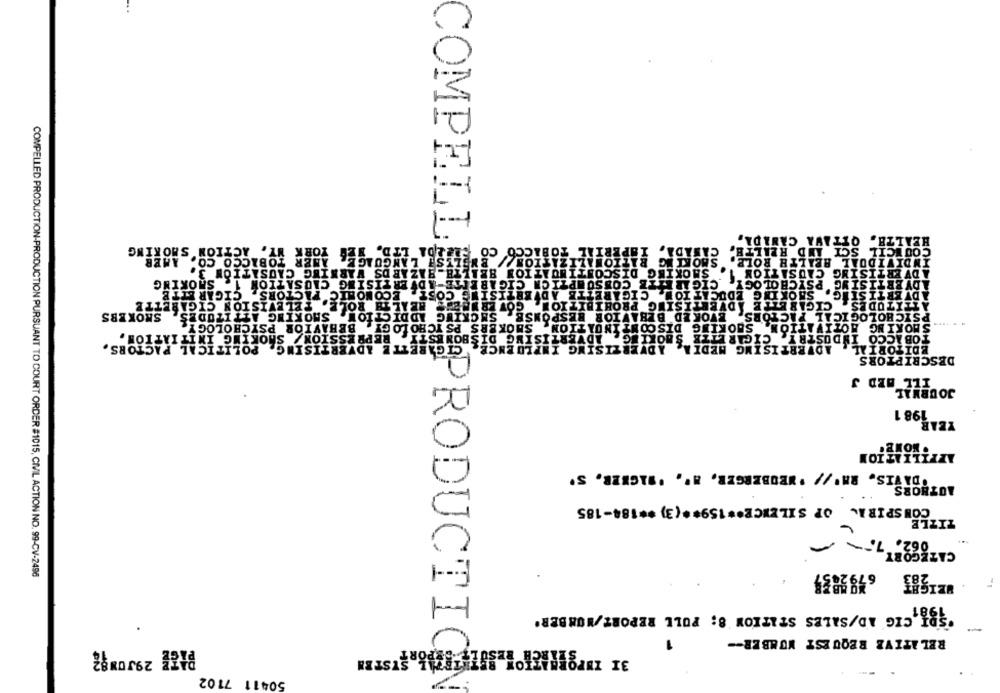
OTTAWA CANADA,
COMPELL
ERIAL TOBACCO
CANADA,
CANADA, IMPERIAL TOBACCO CO DELDA LTD. NEW YORK WY. ACTION SHORING
COUNCIL SCY AND HEALTH
AMER TOBACCO CO. AMER
BLIST LANGUAGE.
RATIONALIZATION!
INDIVIDUAL HEALTH ROLE.
SMOKING
ADVERTISING CAUSATION 1. SMOKING DISCONTINUATION HEALTH_HAZARDS WARNING CAUSATION 3.
PSYCHOLOGY
ADVERTISING PS
SMOKING EDUCATION. CIGARETTE ADVERTISING COST, ECONOMIC
CIGARETTE ADVERTISING PROHIBITION, GOVERNERES HEALTHFACTORS. CIGAR ETTE
ADVERTISING.
ACTORS.
ATTITUDES &
. TELEVISION CIGARETTE
SKOKERS
PSYCHOLOGICAL FACTORS.
SMOKING MOTIVATION
ADVERTISING DISHONESTY
TOBACCO INDUSTRY. CIGARETTE SMOKING
REPRESSION/ SMOKING INITIATION.
EDITORIAL
DESCRIPTORS
ILL AED J
JOURNAL
1 1981
.NOWE
AFFILIATION
ODAVIS. RA'// 'NEUBERGER, A', 'WAGNER, S'
AUTHORS
CONSPIRA OF SILENCE ** 159 ** (3) ** 184-185
TITLE
062.7. -
CATEGORY
COMPELLED PRODUCTION-PRODUCTION PURSUANT TO COURT ORDER #1015, CIVIL ACTION NO. 99-CV-2496
'SBT. CIG AD/SALES STATION 8; FULL REPORT /NUMBER'
C
RELATIVE REQUEST NUMBER --
a PRODUCTIC
50411 7102